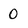
Character: 0